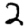
Digit: 2